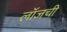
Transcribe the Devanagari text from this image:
लॉजची